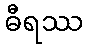
ဓီရဿ